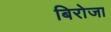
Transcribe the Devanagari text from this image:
बिरोजा